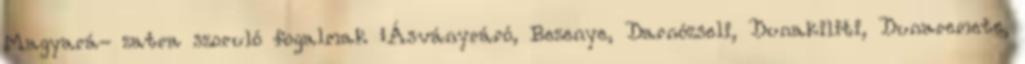
Magyará- zatra szoruló fogalmak ▪Ásványráró, Bezenye, Darnózseli, Dunakiliti, Dunaremete,